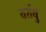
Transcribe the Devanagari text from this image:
वर्तवुं